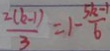
\frac { 2 ( k - 1 ) } { 3 } = 1 - \frac { 5 k - 1 } { 6 }